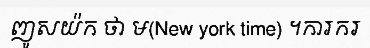
ញូសយ៉ក ថា ម(New york time) ។ការករ